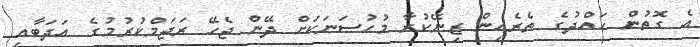
އެ ގޮތުން ހައްދުގެ ތެރެއިން ޒިނޭކުރާ މުޙުސަނަކަށް ދޭން ޖެހޭ ރަޖަމްކުރުމުގެ އަދަބާއި